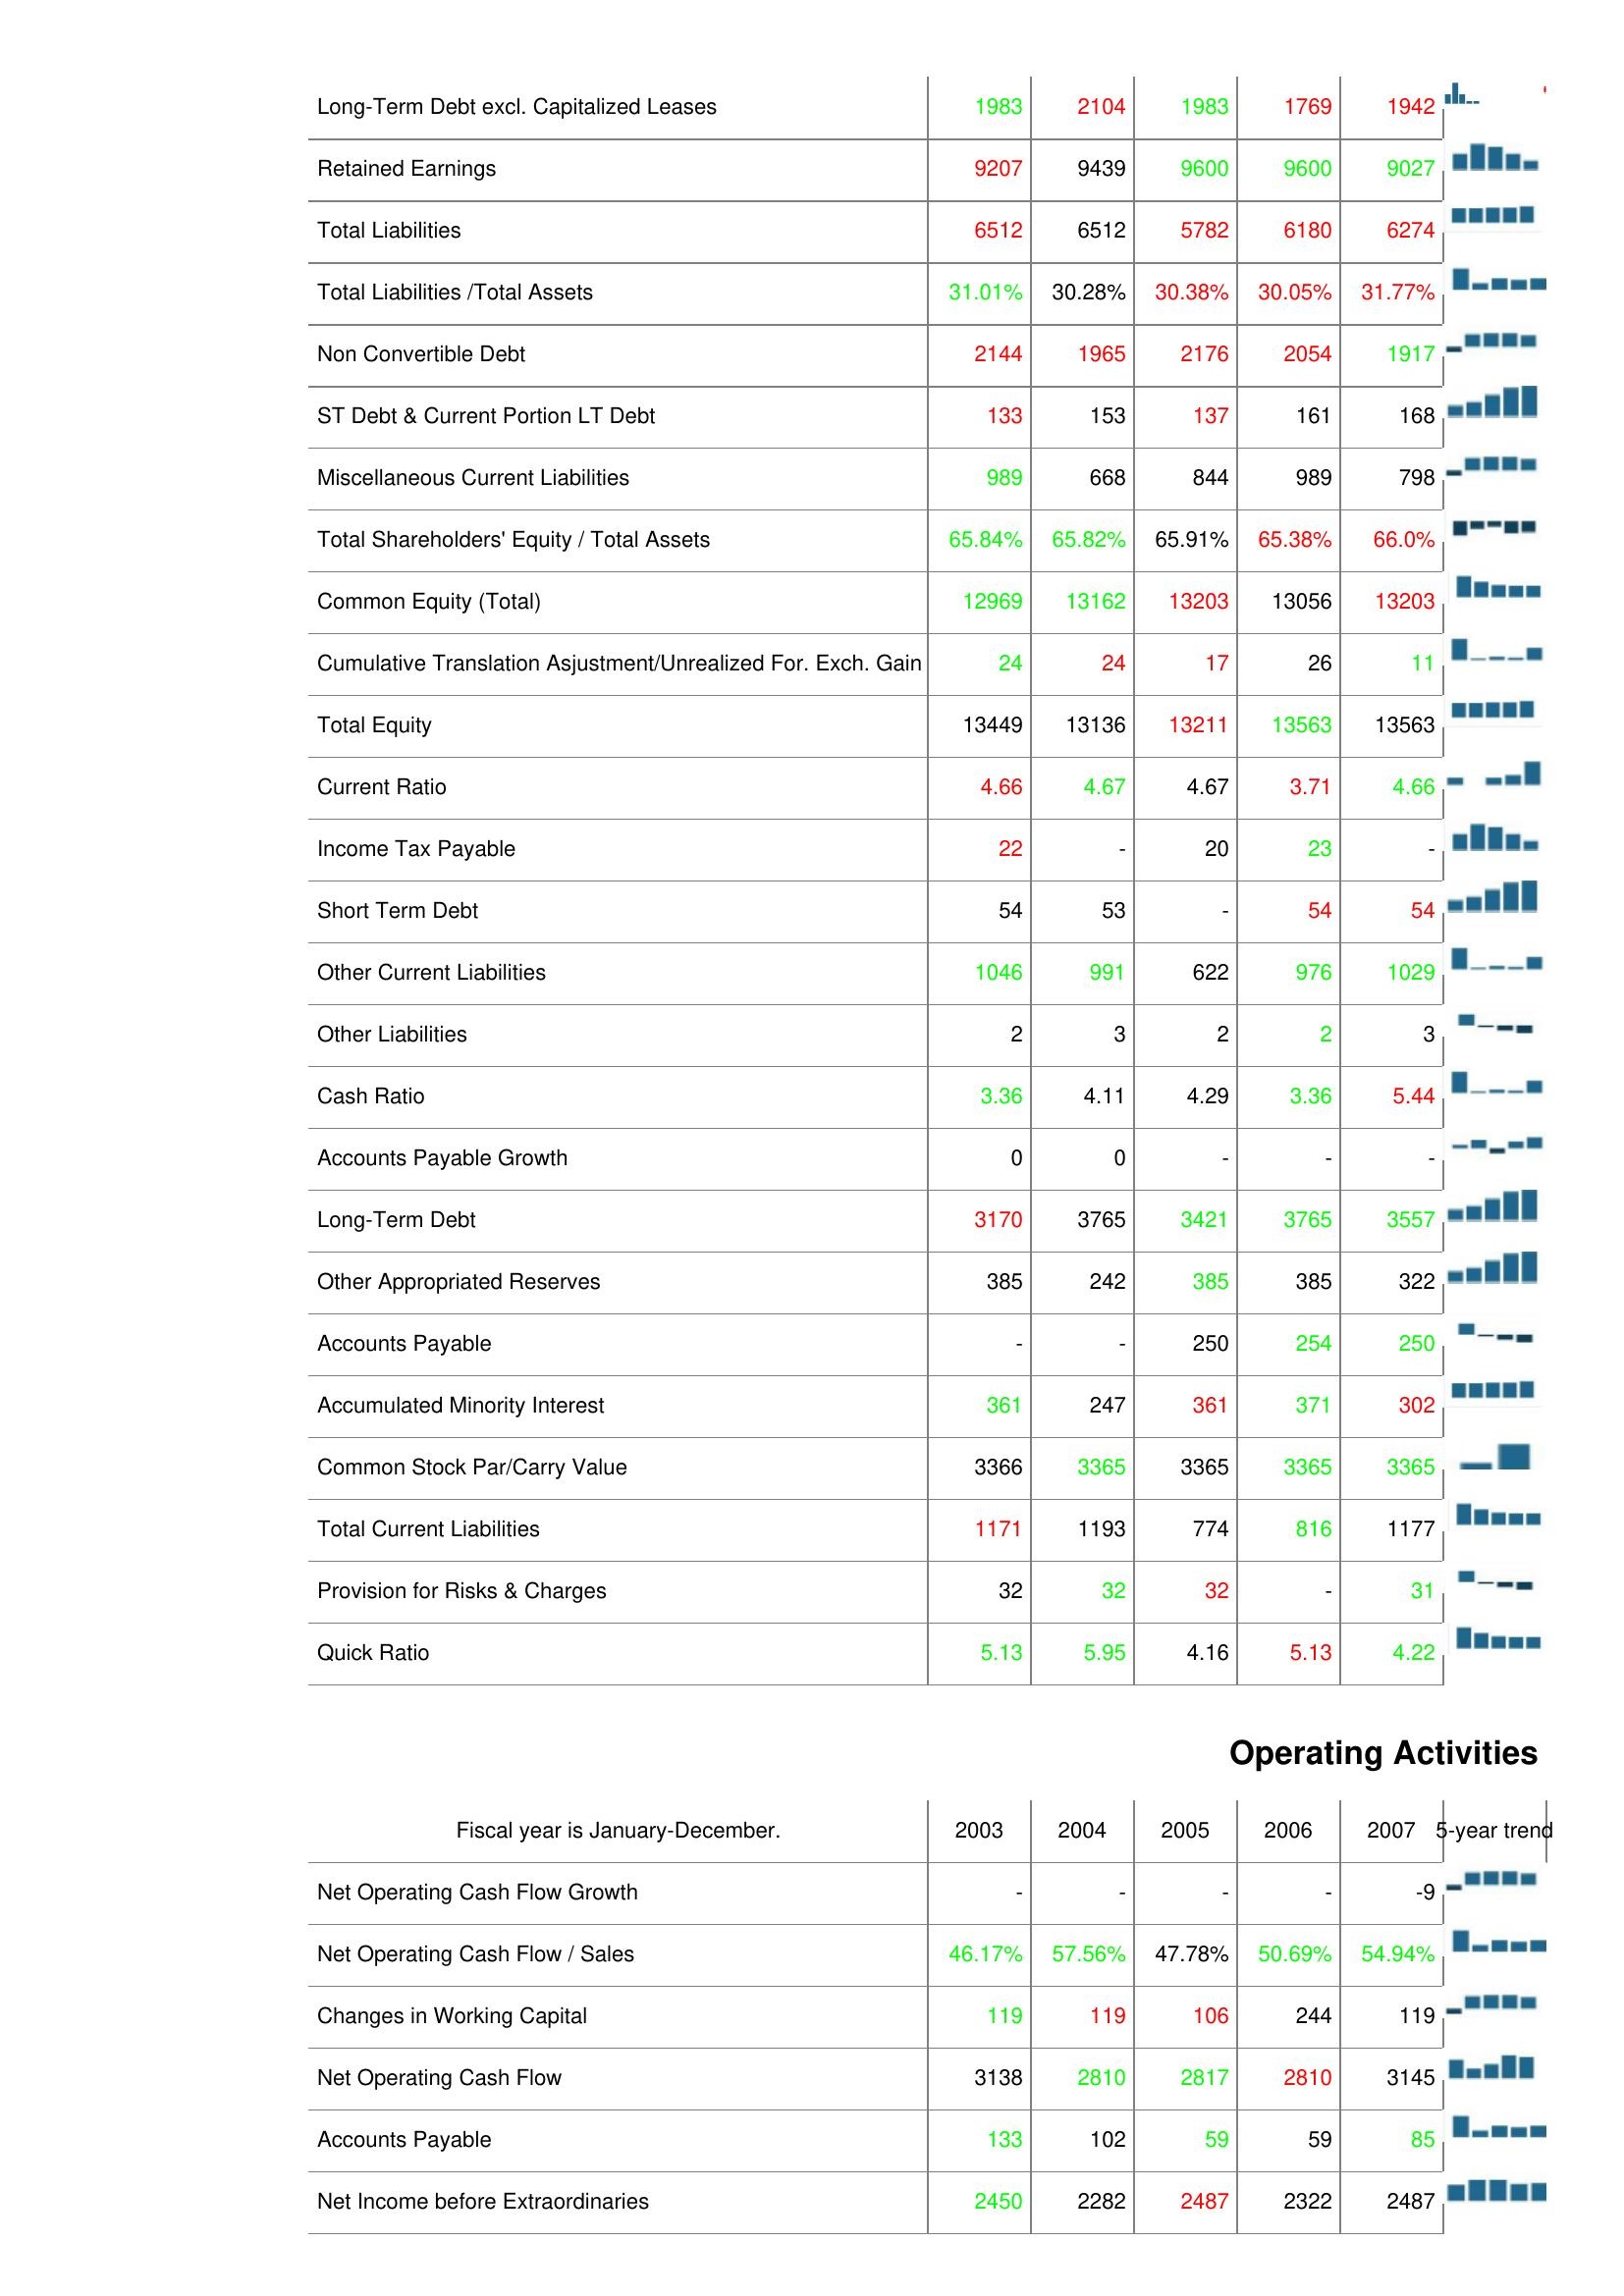
2003: Liabilities & Shareholder's Equity: Long-Term Debt excl. Capitalized Leases: 1983
Retained Earnings: 9207
Total Liabilities: 6512
Total Liabilities /Total Assets: 31.01%
Non Convertible Debt: 2144
ST Debt & Current Portion LT Debt: 133
Miscellaneous Current Liabilities: 989
Total Shareholders' Equity / Total Assets: 65.84%
Common Equity (Total): 12969
Cumulative Translation Asjustment/Unrealized For. Exch. Gain: 24
Total Equity: 13449
Current Ratio: 4.66
Income Tax Payable: 22
Short Term Debt: 54
Other Current Liabilities: 1046
Other Liabilities: 2
Cash Ratio: 3.36
Accounts Payable Growth: 0
Long-Term Debt: 3170
Other Appropriated Reserves: 385
Accounts Payable: -
Accumulated Minority Interest: 361
Common Stock Par/Carry Value: 3366
Total Current Liabilities: 1171
Provision for Risks & Charges: 32
Quick Ratio: 5.13
Operating Activities: Net Operating Cash Flow Growth: -
Net Operating Cash Flow / Sales: 46.17%
Changes in Working Capital: 119
Net Operating Cash Flow: 3138
Accounts Payable: 133
Net Income before Extraordinaries: 2450
2004: Liabilities & Shareholder's Equity: Long-Term Debt excl. Capitalized Leases: 2104
Retained Earnings: 9439
Total Liabilities: 6512
Total Liabilities /Total Assets: 30.28%
Non Convertible Debt: 1965
ST Debt & Current Portion LT Debt: 153
Miscellaneous Current Liabilities: 668
Total Shareholders' Equity / Total Assets: 65.82%
Common Equity (Total): 13162
Cumulative Translation Asjustment/Unrealized For. Exch. Gain: 24
Total Equity: 13136
Current Ratio: 4.67
Income Tax Payable: -
Short Term Debt: 53
Other Current Liabilities: 991
Other Liabilities: 3
Cash Ratio: 4.11
Accounts Payable Growth: 0
Long-Term Debt: 3765
Other Appropriated Reserves: 242
Accounts Payable: -
Accumulated Minority Interest: 247
Common Stock Par/Carry Value: 3365
Total Current Liabilities: 1193
Provision for Risks & Charges: 32
Quick Ratio: 5.95
Operating Activities: Net Operating Cash Flow Growth: -
Net Operating Cash Flow / Sales: 57.56%
Changes in Working Capital: 119
Net Operating Cash Flow: 2810
Accounts Payable: 102
Net Income before Extraordinaries: 2282
2005: Liabilities & Shareholder's Equity: Long-Term Debt excl. Capitalized Leases: 1983
Retained Earnings: 9600
Total Liabilities: 5782
Total Liabilities /Total Assets: 30.38%
Non Convertible Debt: 2176
ST Debt & Current Portion LT Debt: 137
Miscellaneous Current Liabilities: 844
Total Shareholders' Equity / Total Assets: 65.91%
Common Equity (Total): 13203
Cumulative Translation Asjustment/Unrealized For. Exch. Gain: 17
Total Equity: 13211
Current Ratio: 4.67
Income Tax Payable: 20
Short Term Debt: -
Other Current Liabilities: 622
Other Liabilities: 2
Cash Ratio: 4.29
Accounts Payable Growth: -
Long-Term Debt: 3421
Other Appropriated Reserves: 385
Accounts Payable: 250
Accumulated Minority Interest: 361
Common Stock Par/Carry Value: 3365
Total Current Liabilities: 774
Provision for Risks & Charges: 32
Quick Ratio: 4.16
Operating Activities: Net Operating Cash Flow Growth: -
Net Operating Cash Flow / Sales: 47.78%
Changes in Working Capital: 106
Net Operating Cash Flow: 2817
Accounts Payable: 59
Net Income before Extraordinaries: 2487
2006: Liabilities & Shareholder's Equity: Long-Term Debt excl. Capitalized Leases: 1769
Retained Earnings: 9600
Total Liabilities: 6180
Total Liabilities /Total Assets: 30.05%
Non Convertible Debt: 2054
ST Debt & Current Portion LT Debt: 161
Miscellaneous Current Liabilities: 989
Total Shareholders' Equity / Total Assets: 65.38%
Common Equity (Total): 13056
Cumulative Translation Asjustment/Unrealized For. Exch. Gain: 26
Total Equity: 13563
Current Ratio: 3.71
Income Tax Payable: 23
Short Term Debt: 54
Other Current Liabilities: 976
Other Liabilities: 2
Cash Ratio: 3.36
Accounts Payable Growth: -
Long-Term Debt: 3765
Other Appropriated Reserves: 385
Accounts Payable: 254
Accumulated Minority Interest: 371
Common Stock Par/Carry Value: 3365
Total Current Liabilities: 816
Provision for Risks & Charges: -
Quick Ratio: 5.13
Operating Activities: Net Operating Cash Flow Growth: -
Net Operating Cash Flow / Sales: 50.69%
Changes in Working Capital: 244
Net Operating Cash Flow: 2810
Accounts Payable: 59
Net Income before Extraordinaries: 2322
2007: Liabilities & Shareholder's Equity: Long-Term Debt excl. Capitalized Leases: 1942
Retained Earnings: 9027
Total Liabilities: 6274
Total Liabilities /Total Assets: 31.77%
Non Convertible Debt: 1917
ST Debt & Current Portion LT Debt: 168
Miscellaneous Current Liabilities: 798
Total Shareholders' Equity / Total Assets: 66.0%
Common Equity (Total): 13203
Cumulative Translation Asjustment/Unrealized For. Exch. Gain: 11
Total Equity: 13563
Current Ratio: 4.66
Income Tax Payable: -
Short Term Debt: 54
Other Current Liabilities: 1029
Other Liabilities: 3
Cash Ratio: 5.44
Accounts Payable Growth: -
Long-Term Debt: 3557
Other Appropriated Reserves: 322
Accounts Payable: 250
Accumulated Minority Interest: 302
Common Stock Par/Carry Value: 3365
Total Current Liabilities: 1177
Provision for Risks & Charges: 31
Quick Ratio: 4.22
Operating Activities: Net Operating Cash Flow Growth: -9
Net Operating Cash Flow / Sales: 54.94%
Changes in Working Capital: 119
Net Operating Cash Flow: 3145
Accounts Payable: 85
Net Income before Extraordinaries: 2487